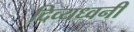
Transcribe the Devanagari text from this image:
दिव्यध्वनी